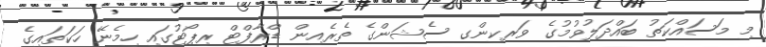
މި މަސައްކަތު ބައްދަލުވުމުގެ ވަރކިންގ ސެޝަންގެ ތެރެއިން ޑްރާފްޓް ރިޕޯޓުގައި ހިމެނޭ ހަކަތައިގެ